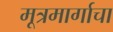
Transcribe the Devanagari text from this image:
मूत्रमार्गाचा